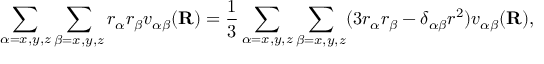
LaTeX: \sum _ { \alpha = x , y , z } \sum _ { \beta = x , y , z } r _ { \alpha } r _ { \beta } v _ { \alpha \beta } ( \mathbf { R } ) = { \frac { 1 } { 3 } } \sum _ { \alpha = x , y , z } \sum _ { \beta = x , y , z } ( 3 r _ { \alpha } r _ { \beta } - \delta _ { \alpha \beta } r ^ { 2 } ) v _ { \alpha \beta } ( \mathbf { R } ) ,